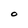
Character: O